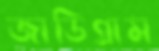
জাডিগ্রাম